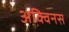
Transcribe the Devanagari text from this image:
अक्विनस